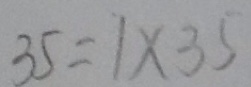
3 5 = 1 \times 3 5